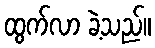
ထွက်လာ ခဲ့သည်။